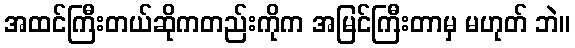
အထင်ကြီးတယ်ဆိုကတည်းကိုက အမြင်ကြီးတာမှ မဟုတ် ဘဲ။